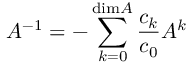
A ^ { - 1 } = - \sum _ { k = 0 } ^ { \mathrm { d i m } A } \frac { c _ { k } } { c _ { 0 } } A ^ { k }